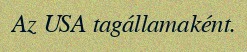
Az USA tagállamaként.